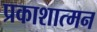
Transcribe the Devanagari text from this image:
प्रकाशात्मन